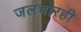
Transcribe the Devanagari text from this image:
जलचोरही